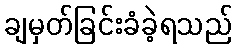
ချမှတ်ခြင်းခံခဲ့ရသည်